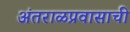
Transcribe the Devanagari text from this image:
अंतराळप्रवासाची